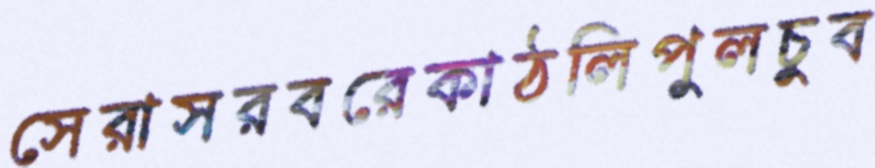
সেরাসরবরেকাঠলিপুলচুব